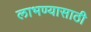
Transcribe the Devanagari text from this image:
लाभण्यासाठी